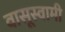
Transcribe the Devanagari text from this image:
वासूस्वामी